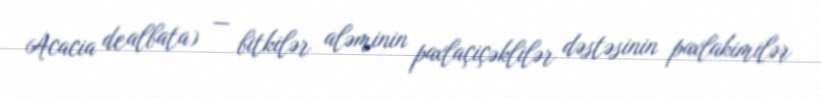
Acacia dealbata) — bitkilər aləminin paxlaçiçəklilər dəstəsinin paxlakimilər